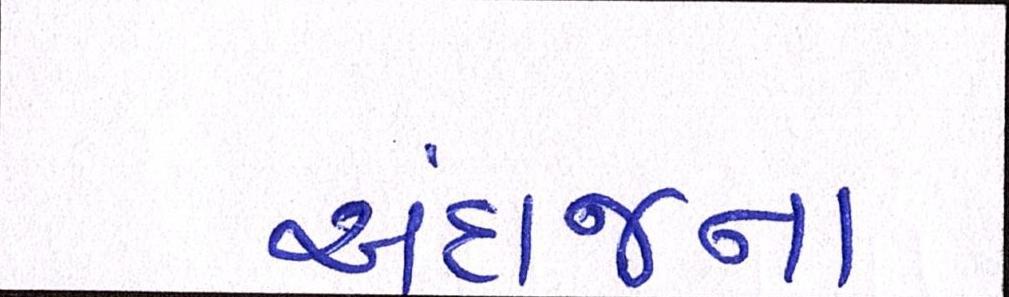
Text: અંદાજના